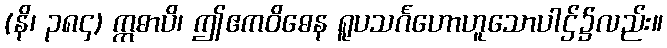
(နိ၊ ၃၈၄) ဣဓာပိ၊ ဤဧကဝိဓေန ရူပသင်္ဂဟောဟူသောပါဌ်၌လည်း။